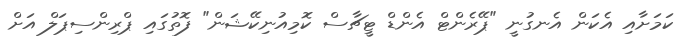
ކަމަށާއި އެކަން އެނގުނީ "ޕޭރެންޓް އެންޑް ޓީޗާސް ކޮމިއުނިކޭޝަން" ފޮތުގައި ޕްރިންސިޕަލް އަށް